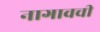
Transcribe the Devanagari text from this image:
नागावची